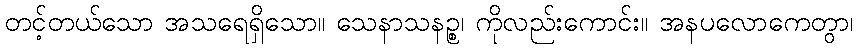
တင့်တယ်သော အသရေရှိသော။ သေနာသနဉ္စ၊ ကိုလည်းကောင်း။ အနပလောကေတွာ၊